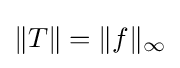
\|T\|=\|f\|_{\infty }